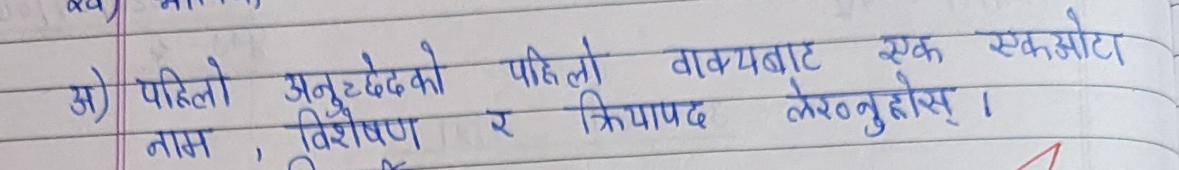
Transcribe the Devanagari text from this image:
अ) पहिलो अनुच्छेदको पहिलो वाक्यबाट एक एकओटा
नाम , विशेषण र क्रियापद लेख्नुहोस् ।